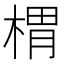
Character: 𣖜